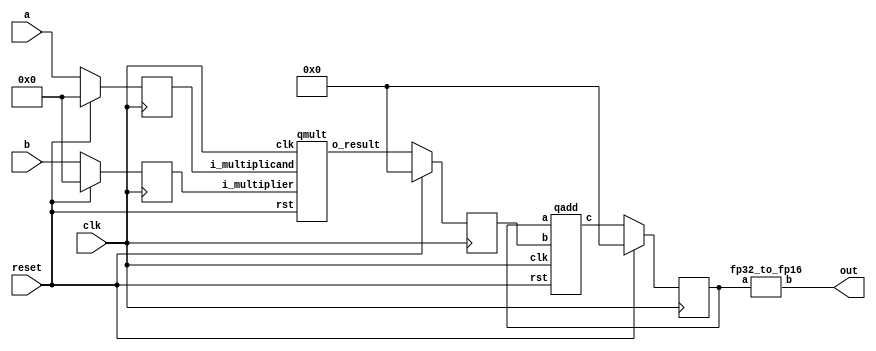
`define BFLOAT16 
`define EXPONENT 8
`define MANTISSA 7
`define EXPONENT 5
`define MANTISSA 10
`define SIGN 1
`define DWIDTH (`SIGN+`EXPONENT+`MANTISSA)
`define AWIDTH 8
`define MEM_SIZE 256
`define MAT_MUL_SIZE 20
`define MASK_WIDTH 20
`define LOG2_MAT_MUL_SIZE 4 
`define BB_MAT_MUL_SIZE `MAT_MUL_SIZE
`define NUM_CYCLES_IN_MAC 3
`define MEM_ACCESS_LATENCY 1
`define ADDR_STRIDE_WIDTH 8

module seq_mac(a, b, out, reset, clk);
input [`DWIDTH-1:0] a;
input [`DWIDTH-1:0] b;
input reset;
input clk;
output [`DWIDTH-1:0] out;

reg [2*`DWIDTH-1:0] out_temp;
wire [2*`DWIDTH-1:0] mul_out;
wire [2*`DWIDTH-1:0] add_out;

reg [`DWIDTH-1:0] a_flopped;
reg [`DWIDTH-1:0] b_flopped;

wire [2*`DWIDTH-1:0] mul_out_temp;
reg [2*`DWIDTH-1:0] mul_out_temp_reg;

always @(posedge clk) begin
  if (reset) begin
    a_flopped <= 0;
    b_flopped <= 0;
  end else begin
    a_flopped <= a;
    b_flopped <= b;
  end
end

//assign mul_out = a * b;
qmult mult_u1(.clk(clk), .rst(reset), .i_multiplicand(a_flopped), .i_multiplier(b_flopped), .o_result(mul_out_temp));

always @(posedge clk) begin
  if (reset) begin
    mul_out_temp_reg <= 0;
  end else begin
    mul_out_temp_reg <= mul_out_temp;
  end
end

assign mul_out = mul_out_temp_reg;

qadd add_u1(.clk(clk), .rst(reset), .a(out_temp), .b(mul_out), .c(add_out));

always @(posedge clk) begin
  if (reset) begin
    out_temp <= 0;
  end else begin
    out_temp <= add_out;
  end
end

//fp32 to fp16 conversion
wire [15:0] fpadd_16_result;
fp32_to_fp16 u_32to16 (.a(out_temp), .b(out));

endmodule
module fp32_to_fp16 (input [31:0] a , output [15:0] b);

reg [15:0]b_temp;
//integer j;
//reg [3:0]k;
always @ (*) begin

if ( a [30: 0] == 15'b0 ) begin //signed zero
	b_temp [15] = a[30]; //sign bit
	b_temp [14:0] = 15'b0; 
end

else begin

	if ( a[30 : 23] <= 8'd112  &&  a[30 : 23] >= 8'd103 ) begin //denormalized (covert to normalized)
		
	b_temp [9:0] = {1'b1, a[22:13]} >> {8'd112 - a[30 : 23] + 1'b1} ;  
	b_temp [14:10] =  5'b0;
	b_temp [15] = a[31];
	end

	else if ( a[ 30 : 23] == 8'b11111111 ) begin //Infinity/ NAN
	b_temp [9:0] = a [22:13];
	b_temp [14:10] = 5'h1F;
	b_temp [15] = a[31];
	end

	else begin //Normalized Number
	b_temp [9:0] = a [22:13];
	b_temp [14:10] = 4'd15 - 7'd127  + a[30:23]; //number should be in the range which can be depicted by fp16 (exp for fp32: 70h, 8Eh ; normalized exp for fp32: -15 to 15)
	b_temp [15] = a[31];
	end
end
end

assign b = b_temp;


endmodule
module qadd(clk,rst,a,b,c);
input clk;
input rst;
input [2*`DWIDTH-1:0] a;
input [2*`DWIDTH-1:0] b;
output [2*`DWIDTH-1:0] c;

wire fpadd_32_clk_NC;
wire fpadd_32_rst_NC;
wire [4:0] fpadd_32_flags;

FPAddSub_single u_fpaddsub_32(
  .clk(clk),
  .rst(rst),
  .a(a),
  .b(b),
  .operation(1'b0), 
  .result(c),
  .flags(fpadd_32_flags));

endmodule
module FPAddSub_single(
		clk,
		rst,
		a,
		b,
		operation,
		result,
		flags
	);

// Clock and reset
	input clk ;										// Clock signal
	input rst ;										// Reset (active high, resets pipeline registers)
	
	// Input ports
	input [31:0] a ;								// Input A, a 32-bit floating point number
	input [31:0] b ;								// Input B, a 32-bit floating point number
	input operation ;								// Operation select signal
	
	// Output ports
	output [31:0] result ;						// Result of the operation
	output [4:0] flags ;							// Flags indicating exceptions according to IEEE754

	reg [68:0]pipe_1;
	reg [54:0]pipe_2;
	reg [45:0]pipe_3;


//internal module wires

//output ports
	wire Opout;
	wire Sa;
	wire Sb;
	wire MaxAB;
	wire [7:0] CExp;
	wire [4:0] Shift;
	wire [22:0] Mmax;
	wire [4:0] InputExc;
	wire [23:0] Mmin_3;

	wire [32:0] SumS_5 ;
	wire [4:0] Shift_1;							
	wire PSgn ;							
	wire Opr ;	
	
	wire [22:0] NormM ;				// Normalized mantissa
	wire [8:0] NormE ;					// Adjusted exponent
	wire ZeroSum ;						// Zero flag
	wire NegE ;							// Flag indicating negative exponent
	wire R ;								// Round bit
	wire S ;								// Final sticky bit
	wire FG ;

FPAddSub_a M1(a,b,operation,Opout,Sa,Sb,MaxAB,CExp,Shift,Mmax,InputExc,Mmin_3);

FpAddSub_b M2(pipe_1[51:29],pipe_1[23:0],pipe_1[67],pipe_1[66],pipe_1[65],pipe_1[68],SumS_5,Shift_1,PSgn,Opr);

FPAddSub_c M3(pipe_2[54:22],pipe_2[21:17],pipe_2[16:9],NormM,NormE,ZeroSum,NegE,R,S,FG);

FPAddSub_d M4(pipe_3[13],pipe_3[22:14],pipe_3[45:23],pipe_3[11],pipe_3[10],pipe_3[9],pipe_3[8],pipe_3[7],pipe_3[6],pipe_3[5],pipe_3[12],pipe_3[4:0],result,flags );


always @ (posedge clk) begin	
		if(rst) begin
			pipe_1 <= 0;
			pipe_2 <= 0;
			pipe_3 <= 0;
		end 
		else begin
/*
pipe_1:
	[68] Opout;
	[67] Sa;
	[66] Sb;
	[65] MaxAB;
	[64:57] CExp;
	[56:52] Shift;
	[51:29] Mmax;
	[28:24] InputExc;
	[23:0] Mmin_3;	

*/

pipe_1 <= {Opout,Sa,Sb,MaxAB,CExp,Shift,Mmax,InputExc,Mmin_3};

/*
pipe_2:
	[54:22]SumS_5;
	[21:17]Shift;
	[16:9]CExp;	
	[8]Sa;
	[7]Sb;
	[6]operation;
	[5]MaxAB;	
	[4:0]InputExc
*/

pipe_2 <= {SumS_5,Shift_1,pipe_1[64:57], pipe_1[67], pipe_1[66], pipe_1[68], pipe_1[65], pipe_1[28:24] };

/*
pipe_3:
	[45:23] NormM ;				
	[22:14] NormE ;					
	[13]ZeroSum ;						
	[12]NegE ;							
	[11]R ;								
	[10]S ;								
	[9]FG ;
	[8]Sa;
	[7]Sb;
	[6]operation;
	[5]MaxAB;	
	[4:0]InputExc
*/

pipe_3 <= {NormM,NormE,ZeroSum,NegE,R,S,FG, pipe_2[8], pipe_2[7], pipe_2[6], pipe_2[5], pipe_2[4:0] };

end
end

endmodule
module FPAddSub_d(
		ZeroSum,
		NormE,
		NormM,
		R,
		S,
		G,
		Sa,
		Sb,
		Ctrl,
		MaxAB,
		NegE,
		InputExc,
		P,
		Flags 
    );

	// Input ports
	input ZeroSum ;					// Sum is zero
	input [8:0] NormE ;				// Normalized exponent
	input [22:0] NormM ;				// Normalized mantissa
	input R ;							// Round bit
	input S ;							// Sticky bit
	input G ;
	input Sa ;							// A's sign bit
	input Sb ;							// B's sign bit
	input Ctrl ;						// Control bit (operation)
	input MaxAB ;
	

	input NegE ;						// Negative exponent?
	input [4:0] InputExc ;					// Exceptions in inputs A and B

	// Output ports
	output [31:0] P ;					// Final result
	output [4:0] Flags ;				// Exception flags
	
	// 
	wire [31:0] Z ;					// Final result
	wire EOF ;
	
	// Internal signals
	wire [23:0] RoundUpM ;			// Rounded up sum with room for overflow
	wire [22:0] RoundM ;				// The final rounded sum
	wire [8:0] RoundE ;				// Rounded exponent (note extra bit due to poential overflow	)
	wire RoundUp ;						// Flag indicating that the sum should be rounded up
	wire ExpAdd ;						// May have to add 1 to compensate for overflow 
	wire RoundOF ;						// Rounding overflow
	wire FSgn;
	// The cases where we need to round upwards (= adding one) in Round to nearest, tie to even
	assign RoundUp = (G & ((R | S) | NormM[0])) ;
	
	// Note that in the other cases (rounding down), the sum is already 'rounded'
	assign RoundUpM = (NormM + 1) ;								// The sum, rounded up by 1
	assign RoundM = (RoundUp ? RoundUpM[22:0] : NormM) ; 	// Compute final mantissa	
	assign RoundOF = RoundUp & RoundUpM[23] ; 				// Check for overflow when rounding up

	// Calculate post-rounding exponent
	assign ExpAdd = (RoundOF ? 1'b1 : 1'b0) ; 				// Add 1 to exponent to compensate for overflow
	assign RoundE = ZeroSum ? 8'b00000000 : (NormE + ExpAdd) ; 							// Final exponent

	// If zero, need to determine sign according to rounding
	assign FSgn = (ZeroSum & (Sa ^ Sb)) | (ZeroSum ? (Sa & Sb & ~Ctrl) : ((~MaxAB & Sa) | ((Ctrl ^ Sb) & (MaxAB | Sa)))) ;

	// Assign final result
	assign Z = {FSgn, RoundE[7:0], RoundM[22:0]} ;
	
	// Indicate exponent overflow
	assign EOF = RoundE[8];

/////////////////////////////////////////////////////////////////////////////////////////////////////////



	
	// Internal signals
	wire Overflow ;					// Overflow flag
	wire Underflow ;					// Underflow flag
	wire DivideByZero ;				// Divide-by-Zero flag (always 0 in Add/Sub)
	wire Invalid ;						// Invalid inputs or result
	wire Inexact ;						// Result is inexact because of rounding
	
	// Exception flags
	
	// Result is too big to be represented
	assign Overflow = EOF | InputExc[1] | InputExc[0] ;
	
	// Result is too small to be represented
	assign Underflow = NegE & (R | S);
	
	// Infinite result computed exactly from finite operands
	assign DivideByZero = &(Z[30:23]) & ~|(Z[30:23]) & ~InputExc[1] & ~InputExc[0];
	
	// Invalid inputs or operation
	assign Invalid = |(InputExc[4:2]) ;
	
	// Inexact answer due to rounding, overflow or underflow
	assign Inexact = (R | S) | Overflow | Underflow;
	
	// Put pieces together to form final result
	assign P = Z ;
	
	// Collect exception flags	
	assign Flags = {Overflow, Underflow, DivideByZero, Invalid, Inexact} ; 	
	
endmodule
module FPAddSub_c(
		SumS_5,
		Shift,
		CExp,
		NormM,
		NormE,
		ZeroSum,
		NegE,
		R,
		S,
		FG
	);
	
	// Input ports
	input [32:0] SumS_5 ;						// Smaller mantissa after 16|12|8|4 shift
	
	input [4:0] Shift ;						// Shift amount
	
// Input ports
	
	input [7:0] CExp ;
	

	// Output ports
	output [22:0] NormM ;				// Normalized mantissa
	output [8:0] NormE ;					// Adjusted exponent
	output ZeroSum ;						// Zero flag
	output NegE ;							// Flag indicating negative exponent
	output R ;								// Round bit
	output S ;								// Final sticky bit
	output FG ;


	wire [3:0]Shift_1;
	assign Shift_1 = Shift [3:0];
	// Output ports
	wire [32:0] SumS_7 ;						// The smaller mantissa
	
	reg	  [32:0]		Lvl2;
	wire    [65:0]    Stage1;	
	reg	  [32:0]		Lvl3;
	wire    [65:0]    Stage2;	
	integer           i;               	// Loop variable
	
	assign Stage1 = {SumS_5, SumS_5};

	always @(*) begin    					// Rotate {0 | 4 | 8 | 12} bits
	  case (Shift[3:2])
			// Rotate by 0
			2'b00: Lvl2 <= Stage1[32:0];       		
			// Rotate by 4
			2'b01: begin for (i=65; i>=33; i=i-1) begin Lvl2[i-33] <= Stage1[i-4]; end Lvl2[3:0] <= 0; end
			// Rotate by 8
			2'b10: begin for (i=65; i>=33; i=i-1) begin Lvl2[i-33] <= Stage1[i-8]; end Lvl2[7:0] <= 0; end
			// Rotate by 12
			2'b11: begin for (i=65; i>=33; i=i-1) begin Lvl2[i-33] <= Stage1[i-12]; end Lvl2[11:0] <= 0; end
	  endcase
	end
	
	assign Stage2 = {Lvl2, Lvl2};

	always @(*) begin   				 		// Rotate {0 | 1 | 2 | 3} bits
	  case (Shift_1[1:0])
			// Rotate by 0
			2'b00:  Lvl3 <= Stage2[32:0];
			// Rotate by 1
			2'b01: begin for (i=65; i>=33; i=i-1) begin Lvl3[i-33] <= Stage2[i-1]; end Lvl3[0] <= 0; end 
			// Rotate by 2
			2'b10: begin for (i=65; i>=33; i=i-1) begin Lvl3[i-33] <= Stage2[i-2]; end Lvl3[1:0] <= 0; end
			// Rotate by 3
			2'b11: begin for (i=65; i>=33; i=i-1) begin Lvl3[i-33] <= Stage2[i-3]; end Lvl3[2:0] <= 0; end
	  endcase
	end
	
	// Assign outputs
	assign SumS_7 = Lvl3;						// Take out smaller mantissa



	
	// Internal signals
	wire MSBShift ;						// Flag indicating that a second shift is needed
	wire [8:0] ExpOF ;					// MSB set in sum indicates overflow
	wire [8:0] ExpOK ;					// MSB not set, no adjustment
	
	// Calculate normalized exponent and mantissa, check for all-zero sum
	assign MSBShift = SumS_7[32] ;		// Check MSB in unnormalized sum
	assign ZeroSum = ~|SumS_7 ;			// Check for all zero sum
	assign ExpOK = CExp - Shift ;		// Adjust exponent for new normalized mantissa
	assign NegE = ExpOK[8] ;			// Check for exponent overflow
	assign ExpOF = CExp - Shift + 1'b1 ;		// If MSB set, add one to exponent(x2)
	assign NormE = MSBShift ? ExpOF : ExpOK ;			// Check for exponent overflow
	assign NormM = SumS_7[31:9] ;		// The new, normalized mantissa
	
	// Also need to compute sticky and round bits for the rounding stage
	assign FG = SumS_7[8] ; 
	assign R = SumS_7[7] ;
	assign S = |SumS_7[6:0] ;		
	
endmodule
module FpAddSub_b(
		Mmax,
		Mmin,
		Sa,
		Sb,
		MaxAB,
		OpMode,
		SumS_5,
		Shift,
		PSgn,
		Opr
);
	input [22:0] Mmax ;					// The larger mantissa
	input [23:0] Mmin ;					// The smaller mantissa
	input Sa ;								// Sign bit of larger number
	input Sb ;								// Sign bit of smaller number
	input MaxAB ;							// Indicates the larger number (0/A, 1/B)
	input OpMode ;							// Operation to be performed (0/Add, 1/Sub)
	
	// Output ports
	wire [32:0] Sum ;	
						// Output ports
	output [32:0] SumS_5 ;					// Mantissa after 16|0 shift
	output [4:0] Shift ;					// Shift amount				// The result of the operation
	output PSgn ;							// The sign for the result
	output Opr ;							// The effective (performed) operation

	assign Opr = (OpMode^Sa^Sb); 		// Resolve sign to determine operation

	// Perform effective operation
	assign Sum = (OpMode^Sa^Sb) ? ({1'b1, Mmax, 8'b00000000} - {Mmin, 8'b00000000}) : ({1'b1, Mmax, 8'b00000000} + {Mmin, 8'b00000000}) ;
	// Assign result sign
	assign PSgn = (MaxAB ? Sb : Sa) ;

/////////////////////////////////////////////////////////////////////////////////////////////////////////////////////////////////////////

		// Determine normalization shift amount by finding leading nought
	assign Shift =  ( 
		Sum[32] ? 5'b00000 :	 
		Sum[31] ? 5'b00001 : 
		Sum[30] ? 5'b00010 : 
		Sum[29] ? 5'b00011 : 
		Sum[28] ? 5'b00100 : 
		Sum[27] ? 5'b00101 : 
		Sum[26] ? 5'b00110 : 
		Sum[25] ? 5'b00111 :
		Sum[24] ? 5'b01000 :
		Sum[23] ? 5'b01001 :
		Sum[22] ? 5'b01010 :
		Sum[21] ? 5'b01011 :
		Sum[20] ? 5'b01100 :
		Sum[19] ? 5'b01101 :
		Sum[18] ? 5'b01110 :
		Sum[17] ? 5'b01111 :
		Sum[16] ? 5'b10000 :
		Sum[15] ? 5'b10001 :
		Sum[14] ? 5'b10010 :
		Sum[13] ? 5'b10011 :
		Sum[12] ? 5'b10100 :
		Sum[11] ? 5'b10101 :
		Sum[10] ? 5'b10110 :
		Sum[9] ? 5'b10111 :
		Sum[8] ? 5'b11000 :
		Sum[7] ? 5'b11001 : 5'b11010
	);
	
	reg	  [32:0]		Lvl1;
	
	always @(*) begin
		// Rotate by 16?
		Lvl1 <= Shift[4] ? {Sum[16:0], 16'b0000000000000000} : Sum; 
	end
	
	// Assign outputs
	assign SumS_5 = Lvl1;	

endmodule
module FPAddSub_a(
		A,
		B,
		operation,
		Opout,
		Sa,
		Sb,
		MaxAB,
		CExp,
		Shift,
		Mmax,
		InputExc,
		Mmin_3
		
		
	);
	
	// Input ports
	input [31:0] A ;										// Input A, a 32-bit floating point number
	input [31:0] B ;										// Input B, a 32-bit floating point number
	input operation ;
	
	//output ports
	output Opout;
	output Sa;
	output Sb;
	output MaxAB;
	output [7:0] CExp;
	output [4:0] Shift;
	output [22:0] Mmax;
	output [4:0] InputExc;
	output [23:0] Mmin_3;	
							
	wire [9:0] ShiftDet ;							
	wire [30:0] Aout ;
	wire [30:0] Bout ;
	

	// Internal signals									// If signal is high...
	wire ANaN ;												// A is a NaN (Not-a-Number)
	wire BNaN ;												// B is a NaN
	wire AInf ;												// A is infinity
	wire BInf ;												// B is infinity
	wire [7:0] DAB ;										// ExpA - ExpB					
	wire [7:0] DBA ;										// ExpB - ExpA	
	
	assign ANaN = &(A[30:23]) & |(A[22:0]) ;		// All one exponent and not all zero mantissa - NaN
	assign BNaN = &(B[30:23]) & |(B[22:0]);		// All one exponent and not all zero mantissa - NaN
	assign AInf = &(A[30:23]) & ~|(A[22:0]) ;	// All one exponent and all zero mantissa - Infinity
	assign BInf = &(B[30:23]) & ~|(B[22:0]) ;	// All one exponent and all zero mantissa - Infinity
	
	// Put all flags into exception vector
	assign InputExc = {(ANaN | BNaN | AInf | BInf), ANaN, BNaN, AInf, BInf} ;
	
	//assign DAB = (A[30:23] - B[30:23]) ;
	//assign DBA = (B[30:23] - A[30:23]) ;
  assign DAB = (A[30:23] + ~(B[30:23]) + 1) ;
	assign DBA = (B[30:23] + ~(A[30:23]) + 1) ;

	assign Sa = A[31] ;									// A's sign bit
	assign Sb = B[31] ;									// B's sign	bit
	assign ShiftDet = {DBA[4:0], DAB[4:0]} ;		// Shift data
	assign Opout = operation ;
	assign Aout = A[30:0] ;
	assign Bout = B[30:0] ;

/////////////////////////////////////////////////////////////////////////////////////////////////////////////
	// Output ports
													// Number of steps to smaller mantissa shift right
	wire [22:0] Mmin_1 ;							// Smaller mantissa 
	
	// Internal signals
	//wire BOF ;										// Check for shifting overflow if B is larger
	//wire AOF ;										// Check for shifting overflow if A is larger
	
	assign MaxAB = (Aout[30:0] < Bout[30:0]) ;	
	//assign BOF = ShiftDet[9:5] < 25 ;		// Cannot shift more than 25 bits
	//assign AOF = ShiftDet[4:0] < 25 ;		// Cannot shift more than 25 bits
	
	// Determine final shift value
	//assign Shift = MaxAB ? (BOF ? ShiftDet[9:5] : 5'b11001) : (AOF ? ShiftDet[4:0] : 5'b11001) ;
	
	assign Shift = MaxAB ? ShiftDet[9:5] : ShiftDet[4:0] ;
	
	// Take out smaller mantissa and append shift space
	assign Mmin_1 = MaxAB ? Aout[22:0] : Bout[22:0] ; 
	
	// Take out larger mantissa	
	assign Mmax = MaxAB ? Bout[22:0]: Aout[22:0] ;	
	
	// Common exponent
	assign CExp = (MaxAB ? Bout[30:23] : Aout[30:23]) ;	

// Input ports
					// Smaller mantissa after 16|12|8|4 shift
	wire [2:0] Shift_1 ;						// Shift amount
	
	assign Shift_1 = Shift [4:2];

	wire [23:0] Mmin_2 ;						// The smaller mantissa
	
	// Internal signals
	reg	  [23:0]		Lvl1;
	reg	  [23:0]		Lvl2;
	wire    [47:0]    Stage1;	
	integer           i;                // Loop variable
	
	always @(*) begin						
		// Rotate by 16?
		Lvl1 <= Shift_1[2] ? {17'b00000000000000001, Mmin_1[22:16]} : {1'b1, Mmin_1}; 
	end
	
	assign Stage1 = {Lvl1, Lvl1};
	
	always @(*) begin    					// Rotate {0 | 4 | 8 | 12} bits
	  case (Shift_1[1:0])
			// Rotate by 0	
			2'b00:  Lvl2 <= Stage1[23:0];       			
			// Rotate by 4	
			2'b01:  begin for (i=0; i<=23; i=i+1) begin Lvl2[i] <= Stage1[i+4]; end Lvl2[23:19] <= 0; end
			// Rotate by 8
			2'b10:  begin for (i=0; i<=23; i=i+1) begin Lvl2[i] <= Stage1[i+8]; end Lvl2[23:15] <= 0; end
			// Rotate by 12	
			2'b11:  begin for (i=0; i<=23; i=i+1) begin Lvl2[i] <= Stage1[i+12]; end Lvl2[23:11] <= 0; end
	  endcase
	end
	
	// Assign output to next shift stage
	assign Mmin_2 = Lvl2;
								// Smaller mantissa after 16|12|8|4 shift
	wire [1:0] Shift_2 ;						// Shift amount
	
	assign Shift_2 =Shift  [1:0] ;
					// The smaller mantissa
	
	// Internal Signal
	reg	  [23:0]		Lvl3;
	wire    [47:0]    Stage2;	
	integer           j;               // Loop variable
	
	assign Stage2 = {Mmin_2, Mmin_2};

	always @(*) begin    // Rotate {0 | 1 | 2 | 3} bits
	  case (Shift_2[1:0])
			// Rotate by 0
			2'b00:  Lvl3 <= Stage2[23:0];   
			// Rotate by 1
			2'b01:  begin for (j=0; j<=23; j=j+1)  begin Lvl3[j] <= Stage2[j+1]; end Lvl3[23] <= 0; end 
			// Rotate by 2
			2'b10:  begin for (j=0; j<=23; j=j+1)  begin Lvl3[j] <= Stage2[j+2]; end Lvl3[23:22] <= 0; end 
			// Rotate by 3
			2'b11:  begin for (j=0; j<=23; j=j+1)  begin Lvl3[j] <= Stage2[j+3]; end Lvl3[23:21] <= 0; end 	  
	  endcase
	end
	
	// Assign output
	assign Mmin_3 = Lvl3;	

	
endmodule
module qmult(clk,rst,i_multiplicand,i_multiplier,o_result);
input clk;
input rst;
input [`DWIDTH-1:0] i_multiplicand;
input [`DWIDTH-1:0] i_multiplier;
output [2*`DWIDTH-1:0] o_result;

wire fpmult_16_clk_NC;
wire fpmult_16_rst_NC;
wire [15:0] fpmult_16_result;
wire [4:0] fpmult_16_flags;

FPMult_16 u_fpmult_16(
   .clk(clk),
   .rst(rst),
   .a(i_multiplicand[15:0]),
   .b(i_multiplier[15:0]),
   .result(fpmult_16_result),
   .flags(fpmult_16_flags)
 );

//Convert fp16 to fp32
fp16_to_fp32 u_16to32 (.a(fpmult_16_result), .b(o_result));

endmodule
module fp16_to_fp32 (input [15:0] a , output [31:0] b);

reg [31:0]b_temp;
reg [3:0] j;
reg [3:0] k;
reg [3:0] k_temp;
always @ (*) begin

if ( a [14: 0] == 15'b0 ) begin //signed zero
	b_temp [31] = a[15]; //sign bit
	b_temp[30:0] = 31'b0;
end

else begin

	if ( a[14 : 10] == 5'b0 ) begin //denormalized (covert to normalized)
		
		for (j=0; j<=9; j=j+1) begin
			if (a[j] == 1'b1) begin 
			    k_temp = j;	
			end
		end
	k = 9 - k_temp;

	b_temp [22:0] = ( (a [9:0] << (k+1'b1)) & 10'h3FF ) << 13;
	b_temp [30:23] =  7'd127 - 4'd15 - k;
	b_temp [31] = a[15];
	end

	else if ( a[14 : 10] == 5'b11111 ) begin //Infinity/ NAN
	b_temp [22:0] = a [9:0] << 13;
	b_temp [30:23] = 8'hFF;
	b_temp [31] = a[15];
	end

	else begin //Normalized Number
	b_temp [22:0] = a [9:0] << 13;
	b_temp [30:23] =  7'd127 - 4'd15 + a[14:10];
	b_temp [31] = a[15];
	end
end
end

assign b = b_temp;


endmodule
module FPMult_16(
		clk,
		rst,
		a,
		b,
		result,
		flags
    );
	
	// Input Ports
	input clk ;							// Clock
	input rst ;							// Reset signal
	input [`DWIDTH-1:0] a;						// Input A, a 32-bit floating point number
	input [`DWIDTH-1:0] b;						// Input B, a 32-bit floating point number
	
	// Output ports
	output [`DWIDTH-1:0] result ;					// Product, result of the operation, 32-bit FP number
	output [4:0] flags ;						// Flags indicating exceptions according to IEEE754
	
	// Internal signals
	wire [`DWIDTH-1:0] Z_int ;					// Product, result of the operation, 32-bit FP number
	wire [4:0] Flags_int ;						// Flags indicating exceptions according to IEEE754
	
	wire Sa ;							// A's sign
	wire Sb ;							// B's sign
	wire Sp ;							// Product sign
	wire [`EXPONENT-1:0] Ea ;					// A's exponent
	wire [`EXPONENT-1:0] Eb ;					// B's exponent
	wire [2*`MANTISSA+1:0] Mp ;					// Product mantissa
	wire [4:0] InputExc ;						// Exceptions in inputs
	wire [`MANTISSA-1:0] NormM ;					// Normalized mantissa
	wire [`EXPONENT:0] NormE ;					// Normalized exponent
	wire [`MANTISSA:0] RoundM ;					// Normalized mantissa
	wire [`EXPONENT:0] RoundE ;					// Normalized exponent
	wire [`MANTISSA:0] RoundMP ;					// Normalized mantissa
	wire [`EXPONENT:0] RoundEP ;					// Normalized exponent
	wire GRS ;

	//reg [63:0] pipe_0;						// Pipeline register Input->Prep
	reg [2*`DWIDTH-1:0] pipe_0;					// Pipeline register Input->Prep

	//reg [92:0] pipe_1;						// Pipeline register Prep->Execute
	//reg [3*`MANTISSA+2*`EXPONENT+7:0] pipe_1;			// Pipeline register Prep->Execute
	reg [3*`MANTISSA+2*`EXPONENT+18:0] pipe_1;

	//reg [38:0] pipe_2;						// Pipeline register Execute->Normalize
	reg [`MANTISSA+`EXPONENT+7:0] pipe_2;				// Pipeline register Execute->Normalize
	
	//reg [72:0] pipe_3;						// Pipeline register Normalize->Round
	reg [2*`MANTISSA+2*`EXPONENT+10:0] pipe_3;			// Pipeline register Normalize->Round

	//reg [36:0] pipe_4;						// Pipeline register Round->Output
	reg [`DWIDTH+4:0] pipe_4;					// Pipeline register Round->Output
	
	assign result = pipe_4[`DWIDTH+4:5] ;
	assign flags = pipe_4[4:0] ;
	
	// Prepare the operands for alignment and check for exceptions
	FPMult_PrepModule PrepModule(clk, rst, pipe_0[2*`DWIDTH-1:`DWIDTH], pipe_0[`DWIDTH-1:0], Sa, Sb, Ea[`EXPONENT-1:0], Eb[`EXPONENT-1:0], Mp[2*`MANTISSA+1:0], InputExc[4:0]) ;

	// Perform (unsigned) mantissa multiplication
	FPMult_ExecuteModule ExecuteModule(pipe_1[3*`MANTISSA+`EXPONENT*2+7:2*`MANTISSA+2*`EXPONENT+8], pipe_1[2*`MANTISSA+2*`EXPONENT+7:2*`MANTISSA+7], pipe_1[2*`MANTISSA+6:5], pipe_1[2*`MANTISSA+2*`EXPONENT+6:2*`MANTISSA+`EXPONENT+7], pipe_1[2*`MANTISSA+`EXPONENT+6:2*`MANTISSA+7], pipe_1[2*`MANTISSA+2*`EXPONENT+8], pipe_1[2*`MANTISSA+2*`EXPONENT+7], Sp, NormE[`EXPONENT:0], NormM[`MANTISSA-1:0], GRS) ;

	// Round result and if necessary, perform a second (post-rounding) normalization step
	FPMult_NormalizeModule NormalizeModule(pipe_2[`MANTISSA-1:0], pipe_2[`MANTISSA+`EXPONENT:`MANTISSA], RoundE[`EXPONENT:0], RoundEP[`EXPONENT:0], RoundM[`MANTISSA:0], RoundMP[`MANTISSA:0]) ;		

	// Round result and if necessary, perform a second (post-rounding) normalization step
	//FPMult_RoundModule RoundModule(pipe_3[47:24], pipe_3[23:0], pipe_3[65:57], pipe_3[56:48], pipe_3[66], pipe_3[67], pipe_3[72:68], Z_int[31:0], Flags_int[4:0]) ;		
	FPMult_RoundModule RoundModule(pipe_3[2*`MANTISSA+1:`MANTISSA+1], pipe_3[`MANTISSA:0], pipe_3[2*`MANTISSA+2*`EXPONENT+3:2*`MANTISSA+`EXPONENT+3], pipe_3[2*`MANTISSA+`EXPONENT+2:2*`MANTISSA+2], pipe_3[2*`MANTISSA+2*`EXPONENT+4], pipe_3[2*`MANTISSA+2*`EXPONENT+5], pipe_3[2*`MANTISSA+2*`EXPONENT+10:2*`MANTISSA+2*`EXPONENT+6], Z_int[`DWIDTH-1:0], Flags_int[4:0]) ;		

//adding always@ (*) instead of posedge clock to make design combinational
	always @ (posedge clk) begin	
		if(rst) begin
			pipe_0 <= 0;
			pipe_1 <= 0;
			pipe_2 <= 0; 
			pipe_3 <= 0;
			pipe_4 <= 0;
		end 
		else begin		
			/* PIPE 0
				[2*`DWIDTH-1:`DWIDTH] A
				[`DWIDTH-1:0] B
			*/
                       pipe_0 <= {a, b} ;


			/* PIPE 1
				[2*`EXPONENT+3*`MANTISSA + 18: 2*`EXPONENT+2*`MANTISSA + 18] //pipe_0[`DWIDTH+`MANTISSA-1:`DWIDTH] , mantissa of A
				[2*`EXPONENT+2*`MANTISSA + 17 :2*`EXPONENT+2*`MANTISSA + 9] // pipe_0[8:0]
				[2*`EXPONENT+2*`MANTISSA + 8] Sa
				[2*`EXPONENT+2*`MANTISSA + 7] Sb
				[2*`EXPONENT+2*`MANTISSA + 6:`EXPONENT+2*`MANTISSA+7] Ea
				[`EXPONENT +2*`MANTISSA+6:2*`MANTISSA+7] Eb
				[2*`MANTISSA+1+5:5] Mp
				[4:0] InputExc
			*/
			//pipe_1 <= {pipe_0[`DWIDTH+`MANTISSA-1:`DWIDTH], pipe_0[`MANTISSA_MUL_SPLIT_LSB-1:0], Sa, Sb, Ea[`EXPONENT-1:0], Eb[`EXPONENT-1:0], Mp[2*`MANTISSA-1:0], InputExc[4:0]} ;
			pipe_1 <= {pipe_0[`DWIDTH+`MANTISSA-1:`DWIDTH], pipe_0[8:0], Sa, Sb, Ea[`EXPONENT-1:0], Eb[`EXPONENT-1:0], Mp[2*`MANTISSA+1:0], InputExc[4:0]} ;
			
			/* PIPE 2
				[`EXPONENT + `MANTISSA + 7:`EXPONENT + `MANTISSA + 3] InputExc
				[`EXPONENT + `MANTISSA + 2] GRS
				[`EXPONENT + `MANTISSA + 1] Sp
				[`EXPONENT + `MANTISSA:`MANTISSA] NormE
				[`MANTISSA-1:0] NormM
			*/
			pipe_2 <= {pipe_1[4:0], GRS, Sp, NormE[`EXPONENT:0], NormM[`MANTISSA-1:0]} ;
			/* PIPE 3
				[2*`EXPONENT+2*`MANTISSA+10:2*`EXPONENT+2*`MANTISSA+6] InputExc
				[2*`EXPONENT+2*`MANTISSA+5] GRS
				[2*`EXPONENT+2*`MANTISSA+4] Sp	
				[2*`EXPONENT+2*`MANTISSA+3:`EXPONENT+2*`MANTISSA+3] RoundE
				[`EXPONENT+2*`MANTISSA+2:2*`MANTISSA+2] RoundEP
				[2*`MANTISSA+1:`MANTISSA+1] RoundM
				[`MANTISSA:0] RoundMP
			*/
			pipe_3 <= {pipe_2[`EXPONENT+`MANTISSA+7:`EXPONENT+`MANTISSA+1], RoundE[`EXPONENT:0], RoundEP[`EXPONENT:0], RoundM[`MANTISSA:0], RoundMP[`MANTISSA:0]} ;
			/* PIPE 4
				[`DWIDTH+4:5] Z
				[4:0] Flags
			*/				
			pipe_4 <= {Z_int[`DWIDTH-1:0], Flags_int[4:0]} ;
		end
	end
		
endmodule
module FPMult_RoundModule(
		RoundM,
		RoundMP,
		RoundE,
		RoundEP,
		Sp,
		GRS,
		InputExc,
		Z,
		Flags
    );

	// Input Ports
	input [`MANTISSA:0] RoundM ;									// Normalized mantissa
	input [`MANTISSA:0] RoundMP ;									// Normalized exponent
	input [`EXPONENT:0] RoundE ;									// Normalized mantissa + 1
	input [`EXPONENT:0] RoundEP ;									// Normalized exponent + 1
	input Sp ;												// Product sign
	input GRS ;
	input [4:0] InputExc ;
	
	// Output Ports
	output [`DWIDTH-1:0] Z ;										// Final product
	output [4:0] Flags ;
	
	// Internal Signals
	wire [`EXPONENT:0] FinalE ;									// Rounded exponent
	wire [`MANTISSA:0] FinalM;
	wire [`MANTISSA:0] PreShiftM;
	
	assign PreShiftM = GRS ? RoundMP : RoundM ;	// Round up if R and (G or S)
	
	// Post rounding normalization (potential one bit shift> use shifted mantissa if there is overflow)
	assign FinalM = (PreShiftM[`MANTISSA] ? {1'b0, PreShiftM[`MANTISSA:1]} : PreShiftM[`MANTISSA:0]) ;
	
	assign FinalE = (PreShiftM[`MANTISSA] ? RoundEP : RoundE) ; // Increment exponent if a shift was done
	
	assign Z = {Sp, FinalE[`EXPONENT-1:0], FinalM[`MANTISSA-1:0]} ;   // Putting the pieces together
	assign Flags = InputExc[4:0];

endmodule
module FPMult_NormalizeModule(
		NormM,
		NormE,
		RoundE,
		RoundEP,
		RoundM,
		RoundMP
    );

	// Input Ports
	input [`MANTISSA-1:0] NormM ;									// Normalized mantissa
	input [`EXPONENT:0] NormE ;									// Normalized exponent

	// Output Ports
	output [`EXPONENT:0] RoundE ;
	output [`EXPONENT:0] RoundEP ;
	output [`MANTISSA:0] RoundM ;
	output [`MANTISSA:0] RoundMP ; 
	
// EXPONENT = 5 
// EXPONENT -1 = 4
// NEED to subtract 2^4 -1 = 15

wire [`EXPONENT-1 : 0] bias;

assign bias =  ((1<< (`EXPONENT -1)) -1);

	assign RoundE = NormE - bias ;
	assign RoundEP = NormE - bias -1 ;
	assign RoundM = NormM ;
	assign RoundMP = NormM ;

endmodule
module FPMult_ExecuteModule(
		a,
		b,
		MpC,
		Ea,
		Eb,
		Sa,
		Sb,
		Sp,
		NormE,
		NormM,
		GRS
    );

	// Input ports
	input [`MANTISSA-1:0] a ;
	input [2*`EXPONENT:0] b ;
	input [2*`MANTISSA+1:0] MpC ;
	input [`EXPONENT-1:0] Ea ;						// A's exponent
	input [`EXPONENT-1:0] Eb ;						// B's exponent
	input Sa ;								// A's sign
	input Sb ;								// B's sign
	
	// Output ports
	output Sp ;								// Product sign
	output [`EXPONENT:0] NormE ;													// Normalized exponent
	output [`MANTISSA-1:0] NormM ;												// Normalized mantissa
	output GRS ;
	
	wire [2*`MANTISSA+1:0] Mp ;
	
	assign Sp = (Sa ^ Sb) ;												// Equal signs give a positive product
	
   // wire [`ACTUAL_MANTISSA-1:0] inp_a;
   // wire [`ACTUAL_MANTISSA-1:0] inp_b;
   // assign inp_a = {1'b1, a};
   // assign inp_b = {{(`MANTISSA-`MANTISSA_MUL_SPLIT_LSB){1'b0}}, 1'b0, b};
   // DW02_mult #(`ACTUAL_MANTISSA,`ACTUAL_MANTISSA) u_mult(.A(inp_a), .B(inp_b), .TC(1'b0), .PRODUCT(Mp_temp));
   // DW01_add #(2*`ACTUAL_MANTISSA) u_add(.A(Mp_temp), .B(MpC<<`MANTISSA_MUL_SPLIT_LSB), .CI(1'b0), .SUM(Mp), .CO());

	//assign Mp = (MpC<<(2*`EXPONENT+1)) + ({4'b0001, a[`MANTISSA-1:0]}*{1'b0, b[2*`EXPONENT:0]}) ;
	assign Mp = MpC;


	assign NormM = (Mp[2*`MANTISSA+1] ? Mp[2*`MANTISSA:`MANTISSA+1] : Mp[2*`MANTISSA-1:`MANTISSA]); 	// Check for overflow
	assign NormE = (Ea + Eb + Mp[2*`MANTISSA+1]);								// If so, increment exponent
	
	assign GRS = ((Mp[`MANTISSA]&(Mp[`MANTISSA+1]))|(|Mp[`MANTISSA-1:0])) ;
	
endmodule
module FPMult_PrepModule (
		clk,
		rst,
		a,
		b,
		Sa,
		Sb,
		Ea,
		Eb,
		Mp,
		InputExc
	);
	
	// Input ports
	input clk ;
	input rst ;
	input [`DWIDTH-1:0] a ;								// Input A, a 32-bit floating point number
	input [`DWIDTH-1:0] b ;								// Input B, a 32-bit floating point number
	
	// Output ports
	output Sa ;										// A's sign
	output Sb ;										// B's sign
	output [`EXPONENT-1:0] Ea ;								// A's exponent
	output [`EXPONENT-1:0] Eb ;								// B's exponent
	output [2*`MANTISSA+1:0] Mp ;							// Mantissa product
	output [4:0] InputExc ;						// Input numbers are exceptions
	
	// Internal signals							// If signal is high...
	wire ANaN ;										// A is a signalling NaN
	wire BNaN ;										// B is a signalling NaN
	wire AInf ;										// A is infinity
	wire BInf ;										// B is infinity
    wire [`MANTISSA-1:0] Ma;
    wire [`MANTISSA-1:0] Mb;
	
	assign ANaN = &(a[`DWIDTH-2:`MANTISSA]) &  |(a[`DWIDTH-2:`MANTISSA]) ;			// All one exponent and not all zero mantissa - NaN
	assign BNaN = &(b[`DWIDTH-2:`MANTISSA]) &  |(b[`MANTISSA-1:0]);			// All one exponent and not all zero mantissa - NaN
	assign AInf = &(a[`DWIDTH-2:`MANTISSA]) & ~|(a[`DWIDTH-2:`MANTISSA]) ;		// All one exponent and all zero mantissa - Infinity
	assign BInf = &(b[`DWIDTH-2:`MANTISSA]) & ~|(b[`DWIDTH-2:`MANTISSA]) ;		// All one exponent and all zero mantissa - Infinity
	
	// Check for any exceptions and put all flags into exception vector
	assign InputExc = {(ANaN | BNaN | AInf | BInf), ANaN, BNaN, AInf, BInf} ;
	//assign InputExc = {(ANaN | ANaN | BNaN |BNaN), ANaN, ANaN, BNaN,BNaN} ;
	
	// Take input numbers apart
	assign Sa = a[`DWIDTH-1] ;							// A's sign
	assign Sb = b[`DWIDTH-1] ;							// B's sign
	assign Ea = a[`DWIDTH-2:`MANTISSA];						// Store A's exponent in Ea, unless A is an exception
	assign Eb = b[`DWIDTH-2:`MANTISSA];						// Store B's exponent in Eb, unless B is an exception	
//    assign Ma = a[`MANTISSA_MSB:`MANTISSA_LSB];
  //  assign Mb = b[`MANTISSA_MSB:`MANTISSA_LSB];
	


	//assign Mp = ({4'b0001, a[`MANTISSA-1:0]}*{4'b0001, b[`MANTISSA-1:9]}) ;
	assign Mp = ({1'b1,a[`MANTISSA-1:0]}*{1'b1, b[`MANTISSA-1:0]}) ;

	
    //We multiply part of the mantissa here
    //Full mantissa of A
    //Bits MANTISSA_MUL_SPLIT_MSB:MANTISSA_MUL_SPLIT_LSB of B
   // wire [`ACTUAL_MANTISSA-1:0] inp_A;
   // wire [`ACTUAL_MANTISSA-1:0] inp_B;
   // assign inp_A = {1'b1, Ma};
   // assign inp_B = {{(`MANTISSA-(`MANTISSA_MUL_SPLIT_MSB-`MANTISSA_MUL_SPLIT_LSB+1)){1'b0}}, 1'b1, Mb[`MANTISSA_MUL_SPLIT_MSB:`MANTISSA_MUL_SPLIT_LSB]};
   // DW02_mult #(`ACTUAL_MANTISSA,`ACTUAL_MANTISSA) u_mult(.A(inp_A), .B(inp_B), .TC(1'b0), .PRODUCT(Mp));
endmodule